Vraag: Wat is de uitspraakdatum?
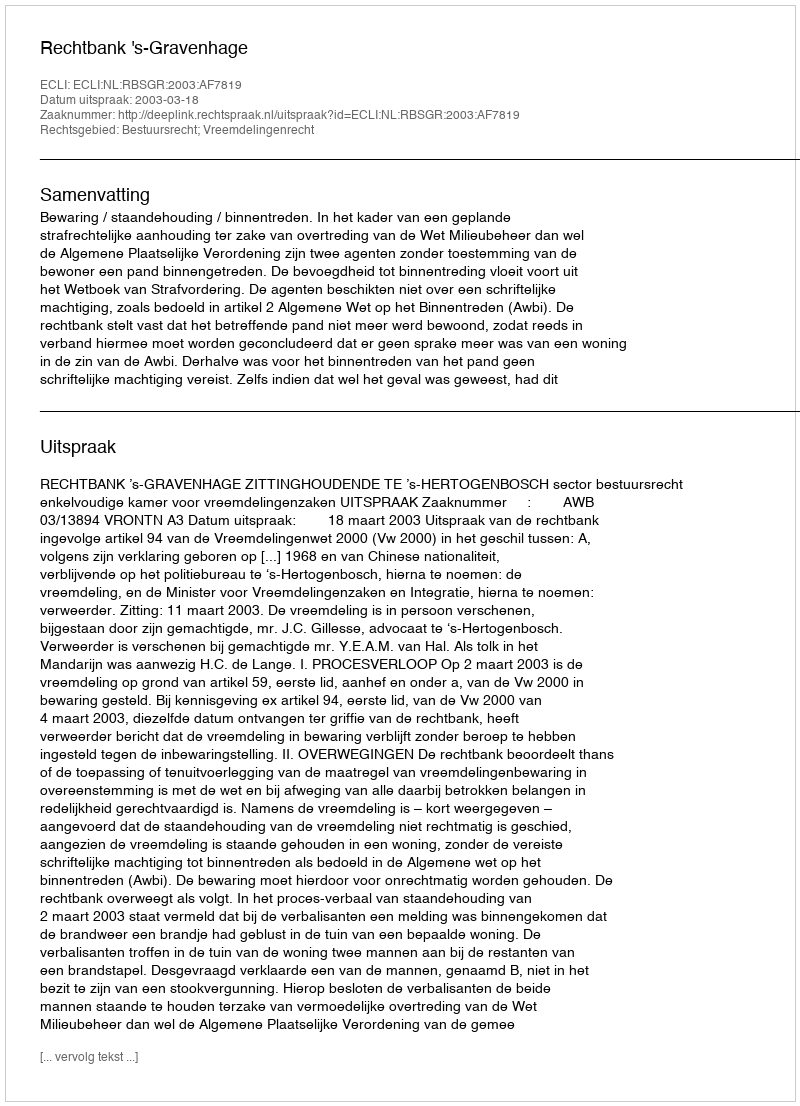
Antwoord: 2003-03-18